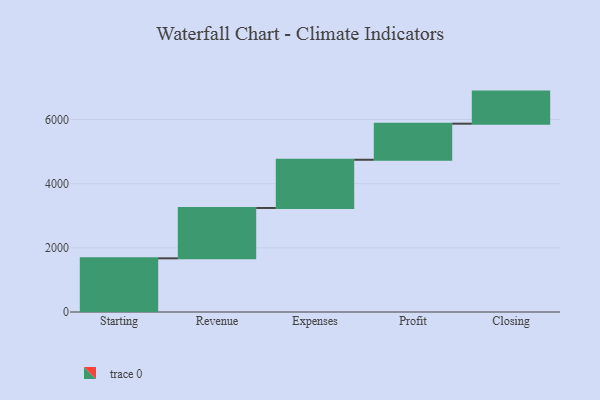
{"axis": {"x": "Step", "y": "Value"}, "legend": [""], "data": [{"x": "Starting", "y": 1673.0, "type": ""}, {"x": "Revenue", "y": 1570.0, "type": ""}, {"x": "Expenses", "y": 1503.0, "type": ""}, {"x": "Profit", "y": 1125.0, "type": ""}, {"x": "Closing", "y": 1000, "type": ""}]}